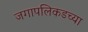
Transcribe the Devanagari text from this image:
जगापलिकडच्या